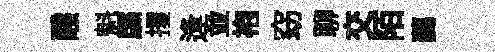
醱魁牒攫逢並袍窈聊交陌藹